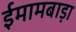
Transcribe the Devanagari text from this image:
ईमामबाड़ा